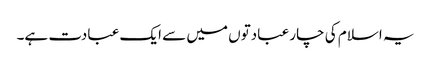
یہ اسلام کی چار عبادتوں میں سے ایک عبادت ہے۔